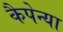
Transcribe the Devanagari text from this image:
कैपेन्या